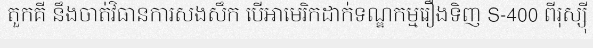
តួកគី នឹងចាត់វិធានការសងសឹក បើអាមេរិកដាក់ទណ្ឌកម្មរឿងទិញ S-400 ពីរុស្ស៊ី